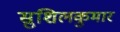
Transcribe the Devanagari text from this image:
सुशिलकुमार